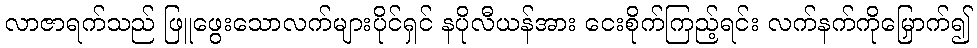
လာဇာရက်သည် ဖြူဖွေးသောလက်များပိုင်ရှင် နပိုလီယန်အား ငေးစိုက်ကြည့်ရင်း လက်နက်ကိုမြှောက်၍